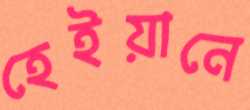
হেইয়ানে